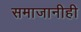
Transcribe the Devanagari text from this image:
समाजानीही